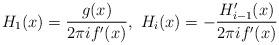
LaTeX: \begin{align*}H_1(x)=\frac{g(x)}{2\pi if^\prime(x)},\ H_i(x)=-\frac{H_{i-1}^\prime(x)}{2\pi if^\prime(x)}\end{align*}